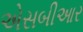
એસબીઆર